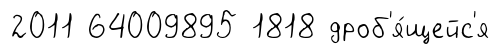
2011 64009895 1818 дроб'я́щейс'я